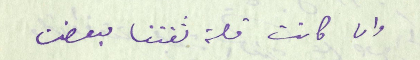
وان كانت قلة ثقتنا بعضنا